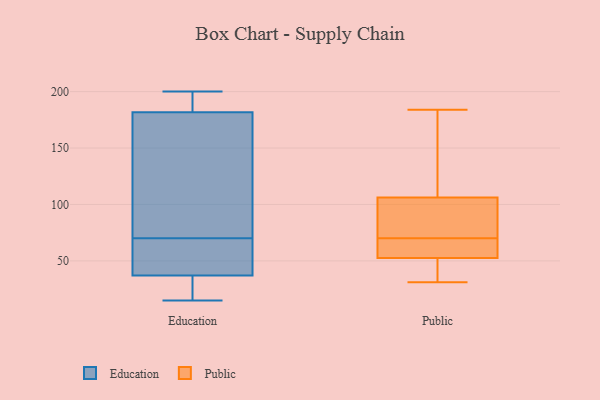
{"axis": {"x": "Humidity (%)", "y": "Value"}, "legend": ["Education", "Public"], "data": [{"x": "", "y": 59, "type": "Education"}, {"x": "", "y": 186, "type": "Education"}, {"x": "", "y": 163, "type": "Education"}, {"x": "", "y": 196, "type": "Education"}, {"x": "", "y": 61, "type": "Education"}, {"x": "", "y": 23, "type": "Education"}, {"x": "", "y": 169, "type": "Education"}, {"x": "", "y": 191, "type": "Education"}, {"x": "", "y": 70, "type": "Education"}, {"x": "", "y": 84, "type": "Education"}, {"x": "", "y": 49, "type": "Education"}, {"x": "", "y": 15, "type": "Education"}, {"x": "", "y": 33, "type": "Education"}, {"x": "", "y": 17, "type": "Education"}, {"x": "", "y": 200, "type": "Education"}, {"x": "", "y": 92, "type": "Public"}, {"x": "", "y": 70, "type": "Public"}, {"x": "", "y": 63, "type": "Public"}, {"x": "", "y": 123, "type": "Public"}, {"x": "", "y": 31, "type": "Public"}, {"x": "", "y": 49, "type": "Public"}, {"x": "", "y": 111, "type": "Public"}, {"x": "", "y": 184, "type": "Public"}, {"x": "", "y": 70, "type": "Public"}, {"x": "", "y": 88, "type": "Public"}, {"x": "", "y": 48, "type": "Public"}]}